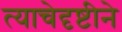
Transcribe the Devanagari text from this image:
त्याचेदृष्टीने